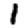
Digit: 1